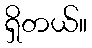
ရှိတယ်။